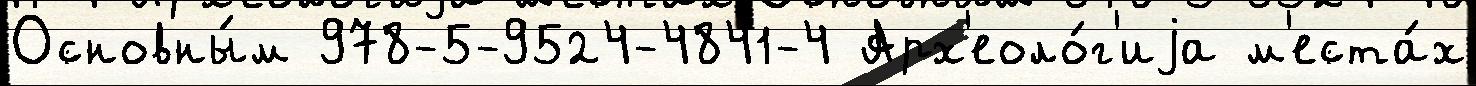
Основны́м 978-5-9524-4841-4 Арх'еоло́г'иjа м'еста́х